Eesti_Evangeeliumi_Luteri_Usu_Konsistoorium, lk 12
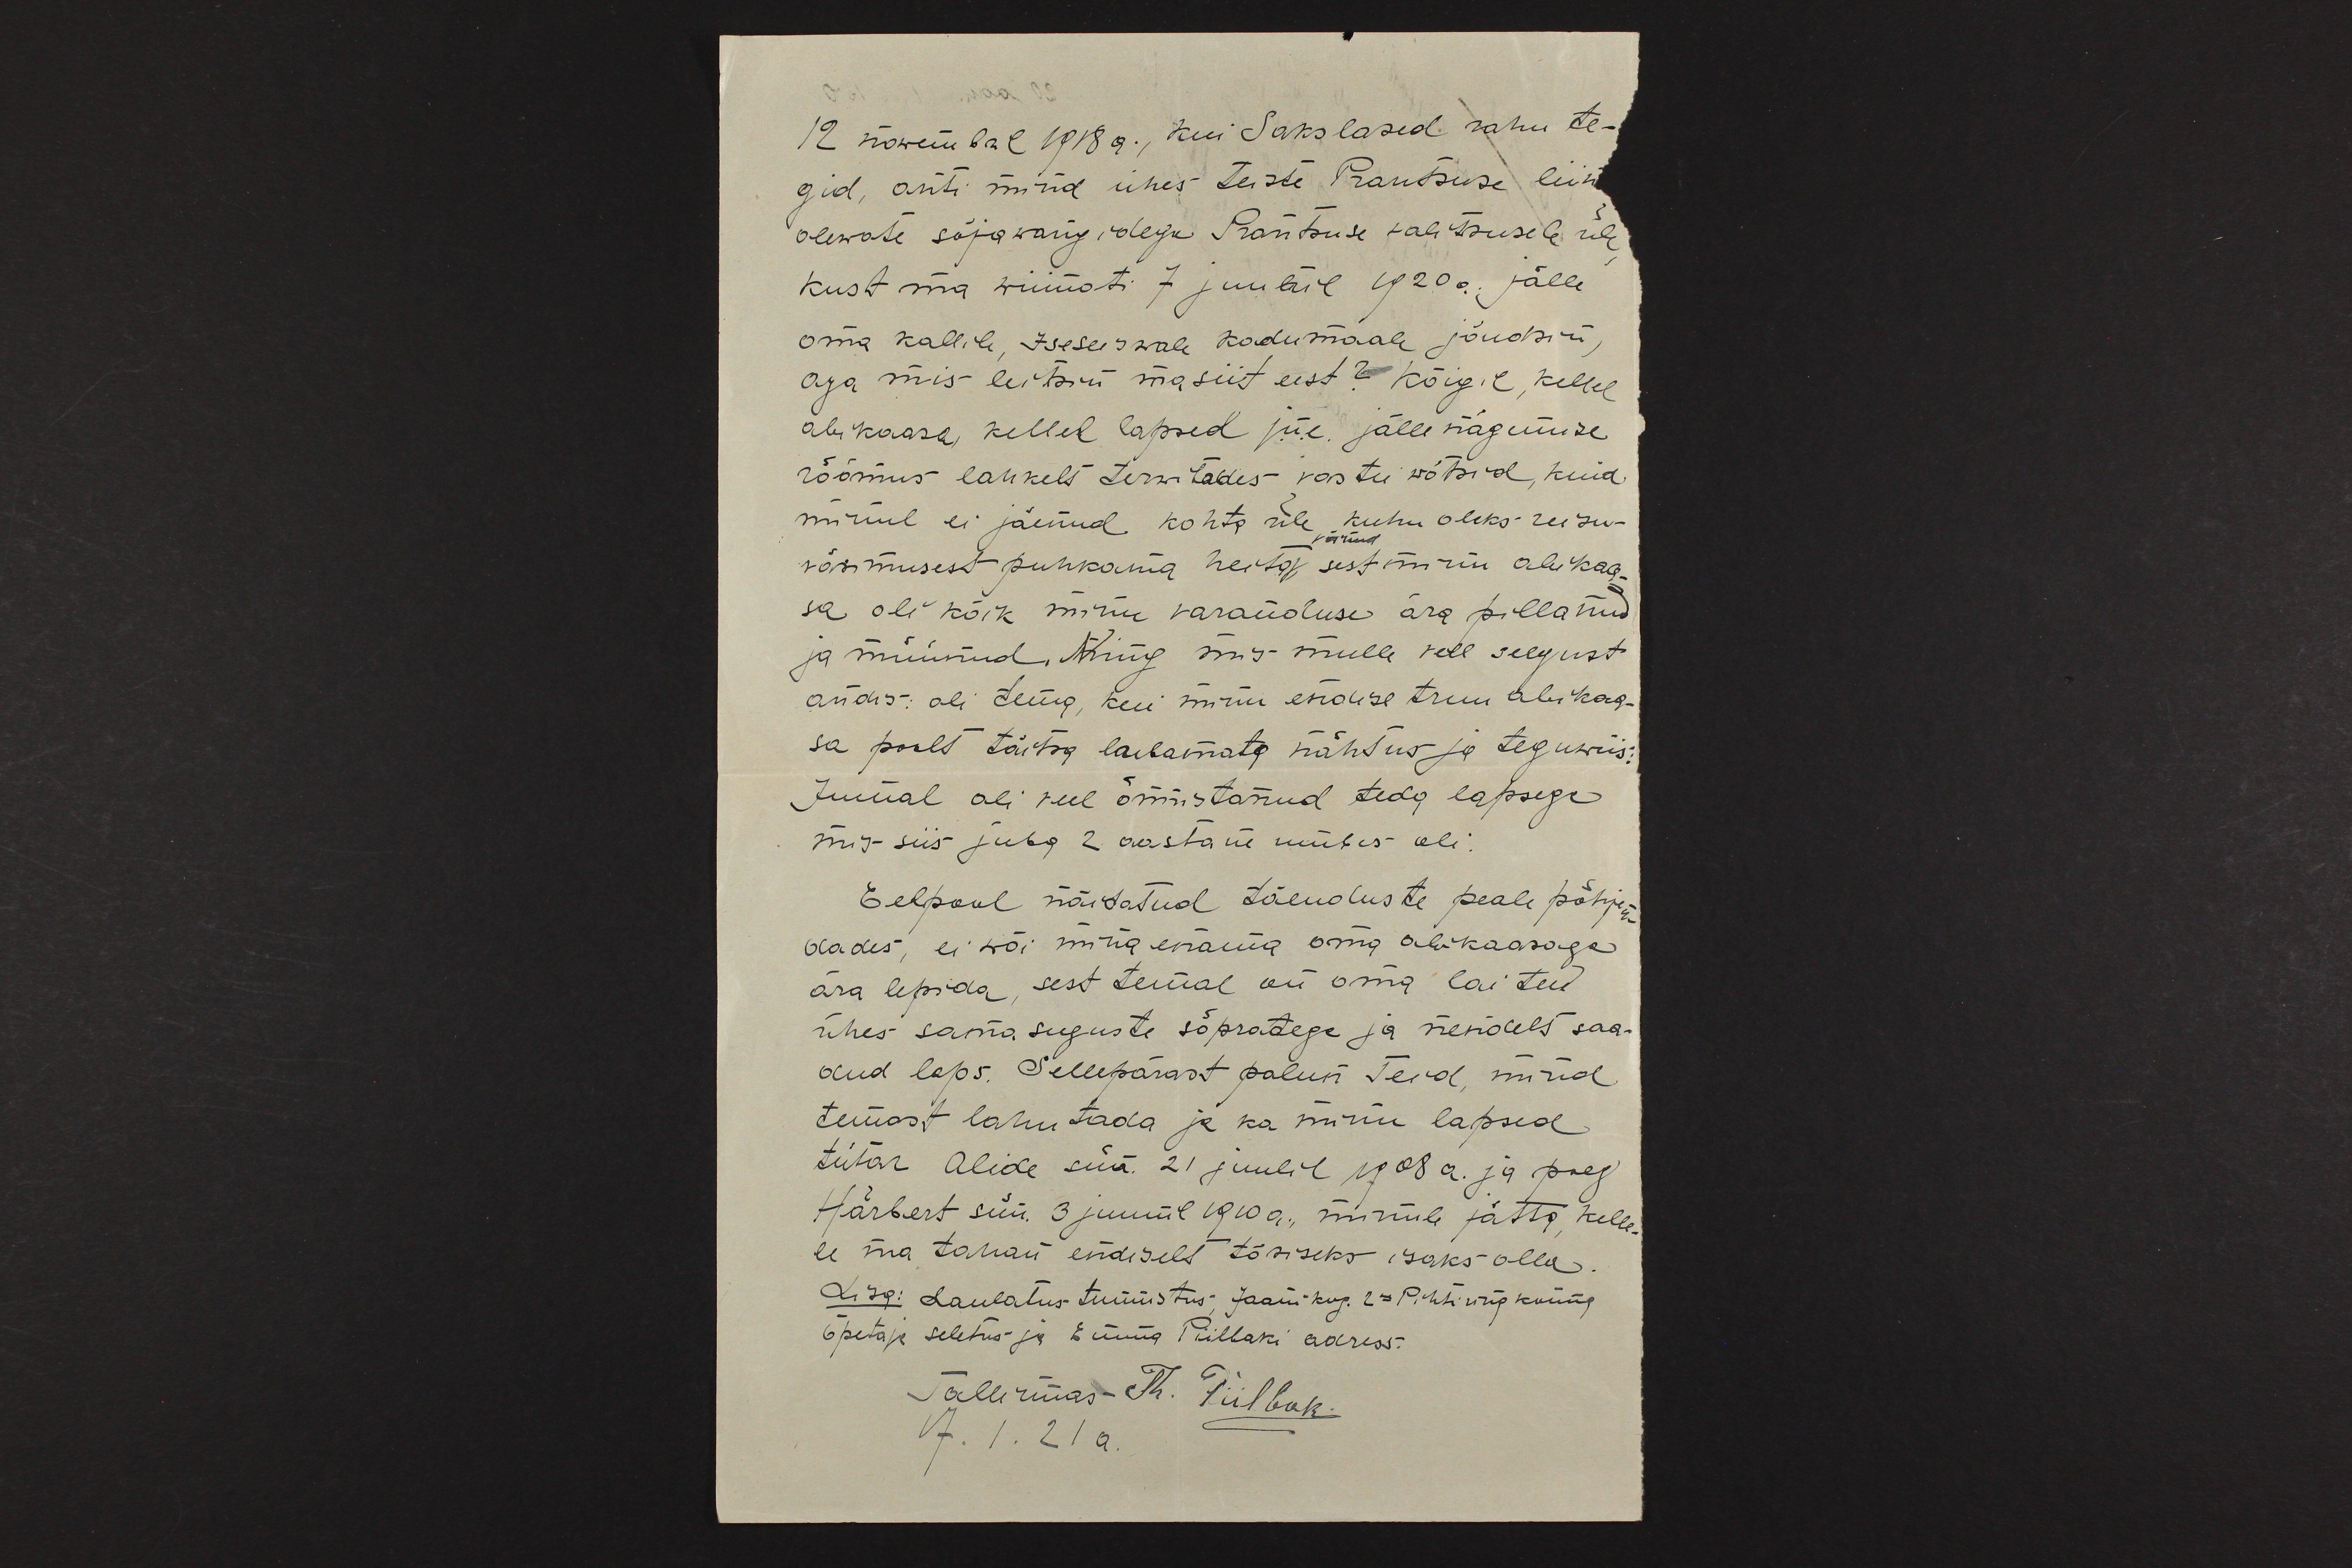
12 nowembril 1918 a. kui Sakslased rahu te-
gid, anti mind ühes teiste Prantsuse liin
olewate sõjawangidega Prantsuse walitsusele üle
kust ma wiimati 7 juulil 1920a. jälle
oma kallile, Iseseisvale kodumaale jõudsin,
aga mis leitsin ma siit eest? Kõigil, kellel
abikaasa, kellel lapsed j.n.e. jälle nägemise
rõõmus lahkelt terwitades vastu wõtsid, kuid
minul ei jäenud kohta üle kuhu oleks reisu-
väsinud
väsimusest puhkama heita, sest minu abikaa-
sa oli kõik minu varanduse ära pillanud
ja müünud. Ning mis mulle veel selgust
andis: oli tema, kui minu endise truu abikaa-
sa poolt täitsa laebamata nähtus ja teguwiis:
Jumal oli veel õnnistanud teda lapsega
mis siis juba 2 aastane umbes oli.
Eelpool näidatud tõenduste peale põhjen-
dades, ei wõi mina enama oma abikaasaga
ära lepida, sest temal oli oma laiteid
ühes samasuguste sõpradega ja nendelt saa-
dud laps. Sellepärast palun Teid, mind
temast lahutada ja ka minu lapsed
tütar Alide sün. 21 juulil 1908 a. ja poeg
Härbert sün. 3 juunil 1910 a. minule jätta kelle-
le ma tahan endiselt tõsiseks isaks olla
Lisa: Laulatus-tunnistus Jaani kog. 2- Pihh. ringkonna
õpetaja seletus ja Emma Piilbaki adress.
Tallinnas Th. Piilbak.
7. 1. 21 a.